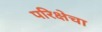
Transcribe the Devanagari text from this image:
परिक्षेचा